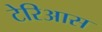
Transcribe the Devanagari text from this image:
टेरिआस